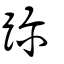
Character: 跈